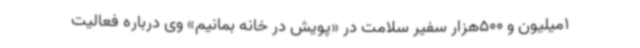
1میلیون و 500هزار سفیر سلامت در «پویش در خانه بمانیم» وی درباره فعالیت